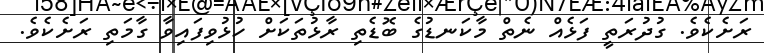
ރަށެކެވެ. ގުދުރަތީ ފަޅެއް ނެތް މާކަނޑުގެ ބޮޑެތި ރާޅުތަކަށް ހުޅުވިފައިވާ ގާމަތި ރަށެކެވެ.